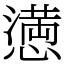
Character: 𢡛